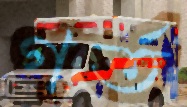
গর্ত